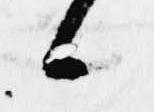
候